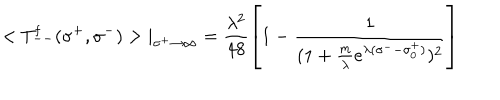
< T _ { -- } ^ { \mathrm { f } } ( \sigma ^ { + } , \sigma ^ { - } ) > | _ { \sigma ^ { + } \rightarrow \infty } = \frac { \lambda ^ { 2 } } { 4 8 } \left[ 1 - \frac { 1 } { ( 1 + \frac { m } { \lambda } e ^ { \lambda ( \sigma ^ { - } - \sigma _ { 0 } ^ { + } ) } ) ^ { 2 } } \right]